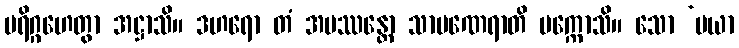
ပရိဂ္ဂဟေတွာ အဋ္ဌာသိ။ ဒဟရော တံ အပဿန္တော သာမဏေရာတိ ပက္ကောသိ။ သော ‘မယာ